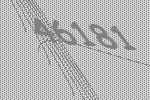
46181